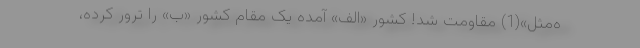
ه‌مثل»(1) مقاومت شد! کشور «الف» آمده یک مقام کشور «ب» را ترور کرده،